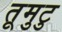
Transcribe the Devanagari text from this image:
तूमुटु